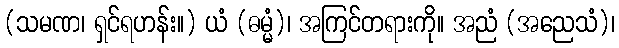
(သမဏ၊ ရှင်ရဟန်း။) ယံ (ဓမ္မံ)၊ အကြင်တရားကို။ အညံ (အညေသံ)၊